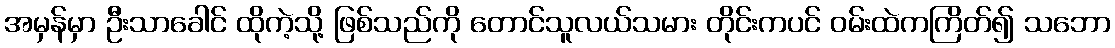
အမှန်မှာ ဦးသာခေါင် ထိုကဲ့သို့ ဖြစ်သည်ကို တောင်သူလယ်သမား တိုင်းကပင် ဝမ်းထဲကကြိတ်၍ သဘော